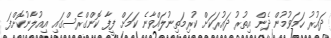
ދައުރު ހަމަވުމުން ދެން އިތުރު ދައުރަކަށް ކުރިމަތިނުލައްވާނެ ކަމަށް ފީފާ ކޮންގްރެސްގައި އިއުލާނުކޮށްފަ